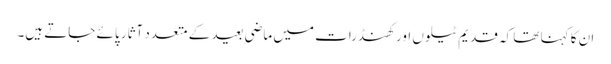
ان کا کہنا تھا کہ قدیم ٹیلوں اور کھنڈرات میں ماضی بعید کے متعدد آثار پائے جاتے ہیں۔